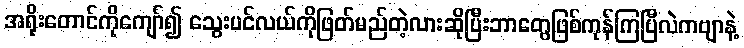
အရိုးတောင်ကိုကျော်၍ သွေးပင်လယ်ကိုဖြတ်မည်တဲ့လားဆိုပြီးဘာတွေဖြစ်ကုန်ကြပြီလဲကဗျာနဲ့